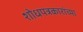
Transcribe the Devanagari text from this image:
शोधपत्रकारांच्या